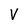
Character: V